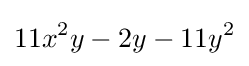
11x^{2}y-2y-11y^{2}